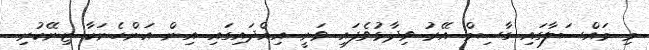
މި މައްސަލާގައި ގާސިމް އޭރު ވިދާޅުވެފައި ވަނީ އިއްދައިގައި އިން އަންހެނަކާ ޒިނޭކުރި